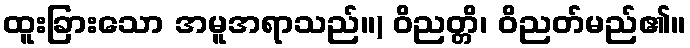
ထူးခြားသော အမူအရာသည်။) ဝိညတ္တိ၊ ဝိညတ်မည်၏။